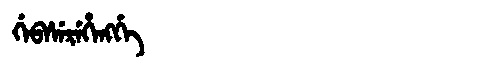
Manchu: ᡤᡝᠪᠰᡝᡵᡝᡥᡝᠩᡤᡝ
Romanization: GEBSEREHENGGE